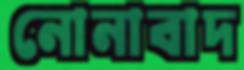
নোনাবাদ